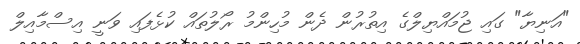
"އަނިޔާ" ގައި ޖުމައްޔިލްގެ އިތުރުން ދެން މުހިންމު ރޯލުތައް ކުޅެފައި ވަނީ އިސްމާއިލް